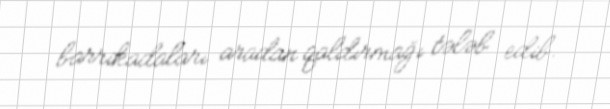
barrikadaları aradan qaldırmağı tələb edib.